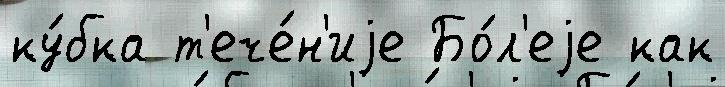
ку́бка т'ече́н'иjе Бо́л'еjе как